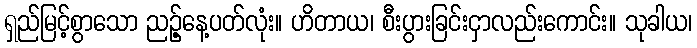
ရှည်မြင့်စွာသော ညဉ့်နေ့ပတ်လုံး။ ဟိတာယ၊ စီးပွားခြင်းငှာလည်းကောင်း။ သုခါယ၊